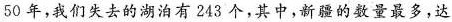
50年，我们失去的湖泊有243个，其中，新疆的数量最多，达